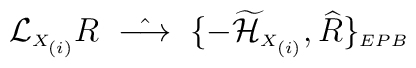
{\cal L}_{\scriptscriptstyle X_{(i)}}R \;\; \hat{\longrightarrow} \;\; \{-\widetilde{\cal H}_{\scriptscriptstyle X_{(i)}}, \widehat{R}\}_{\scriptscriptstyle EPB}